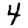
Digit: 4